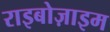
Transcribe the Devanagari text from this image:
राइबोज़ाइम